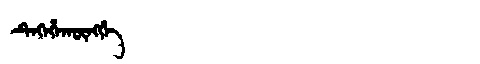
Manchu: ᡨᡝᡴᡝᡥᠠᡴᡡᠩᡤᡝ
Romanization: TEKEHAKŪNGGE